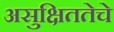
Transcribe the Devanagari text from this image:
असुक्षिततेचे